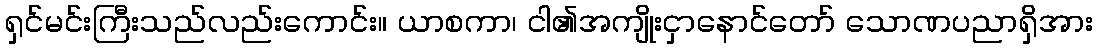
ရှင်မင်းကြီးသည်လည်းကောင်း။ ယာစကာ၊ ငါ၏အကျိုးငှာနောင်တော် သောဏပညာရှိအား